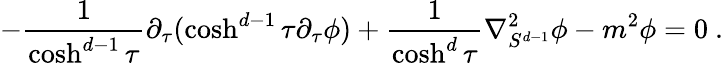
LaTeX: -\frac{1}{\cosh^{d-1}\tau}\partial_{\tau}(\cosh^{d-1}\tau\partial_{\tau}\phi)+\frac{1}{\cosh^{d}\tau}\nabla_{S^{d-1}}^{2}\phi-m^{2}\phi=0\ .